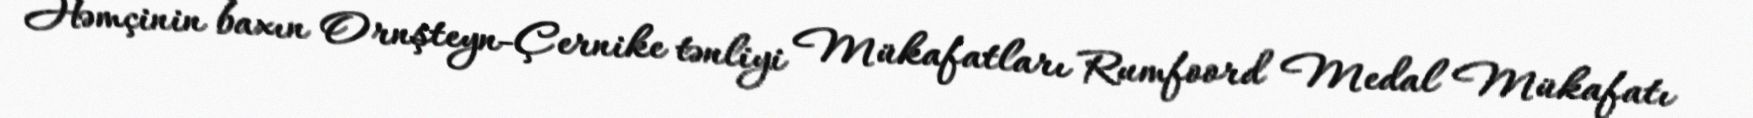
Həmçinin baxın Ornşteyn-Çernike tənliyi Mükafatları Rumfoord Medal Mükafatı